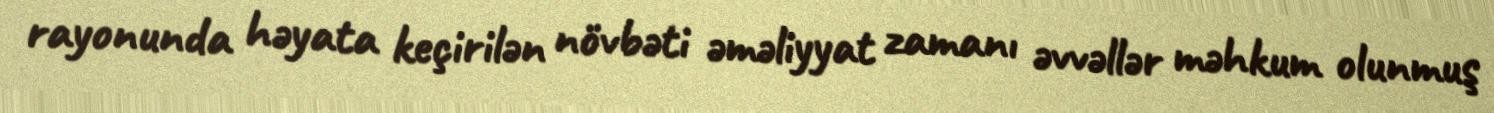
rayonunda həyata keçirilən növbəti əməliyyat zamanı əvvəllər məhkum olunmuş